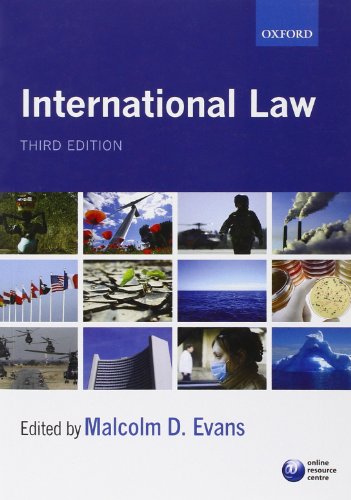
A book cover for International Law; Malcolm Evans; Law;